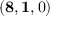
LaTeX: ( \mathbf { 8 } , \mathbf { 1 } , 0 )